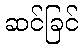
ဆင်ခြင်